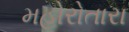
મહોરોતારા